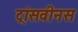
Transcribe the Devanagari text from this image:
ट्रांसवीनस